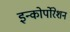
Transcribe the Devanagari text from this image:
इन्कोर्पाेरेशन